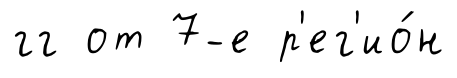
гг от 7-е р'ег'ио́н